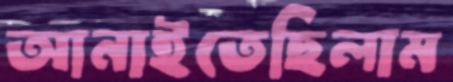
আনাইতেছিলাম